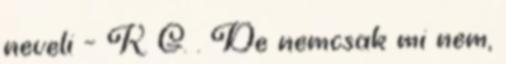
neveli – K. G. . De nemcsak mi nem,